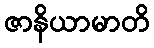
ဇာနိယာမာတိ